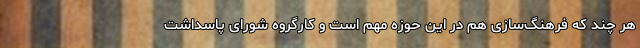
هر چند که فرهنگ‌سازی هم در این حوزه مهم است و کارگروه شورای پاسداشت